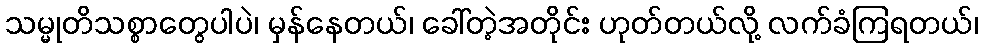
သမ္မုတိသစ္စာတွေပါပဲ၊ မှန်နေတယ်၊ ခေါ်တဲ့အတိုင်း ဟုတ်တယ်လို့ လက်ခံကြရတယ်၊